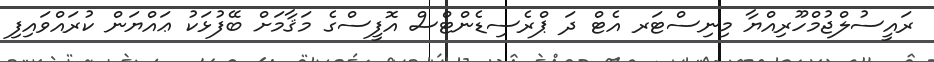
ރައީސުލްޖުމްހޫރިއްޔާ މިނިސްޓަރ އެޓް ދަ ޕްރެސިޑެންޓްސް އޮފީސްގެ މަޤާމަށް ބޭފުޅަކު ޢައްޔަން ކުރައްވައިފި